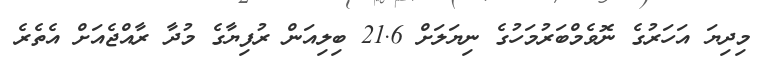
މިދިޔަ އަހަރުގެ ނޮވެމްބަރުމަހުގެ ނިޔަލަށް 21.6 ބިލިއަން ރުފިޔާގެ މުދާ ރާއްޖެއަށް އެތެރެ